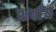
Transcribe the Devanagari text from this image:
शर्धाय